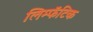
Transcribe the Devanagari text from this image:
लिम्फॅटिक